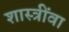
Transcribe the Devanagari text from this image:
शास्त्रींवा